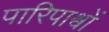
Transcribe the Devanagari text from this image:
पारिपाश्वों